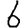
Digit: 6